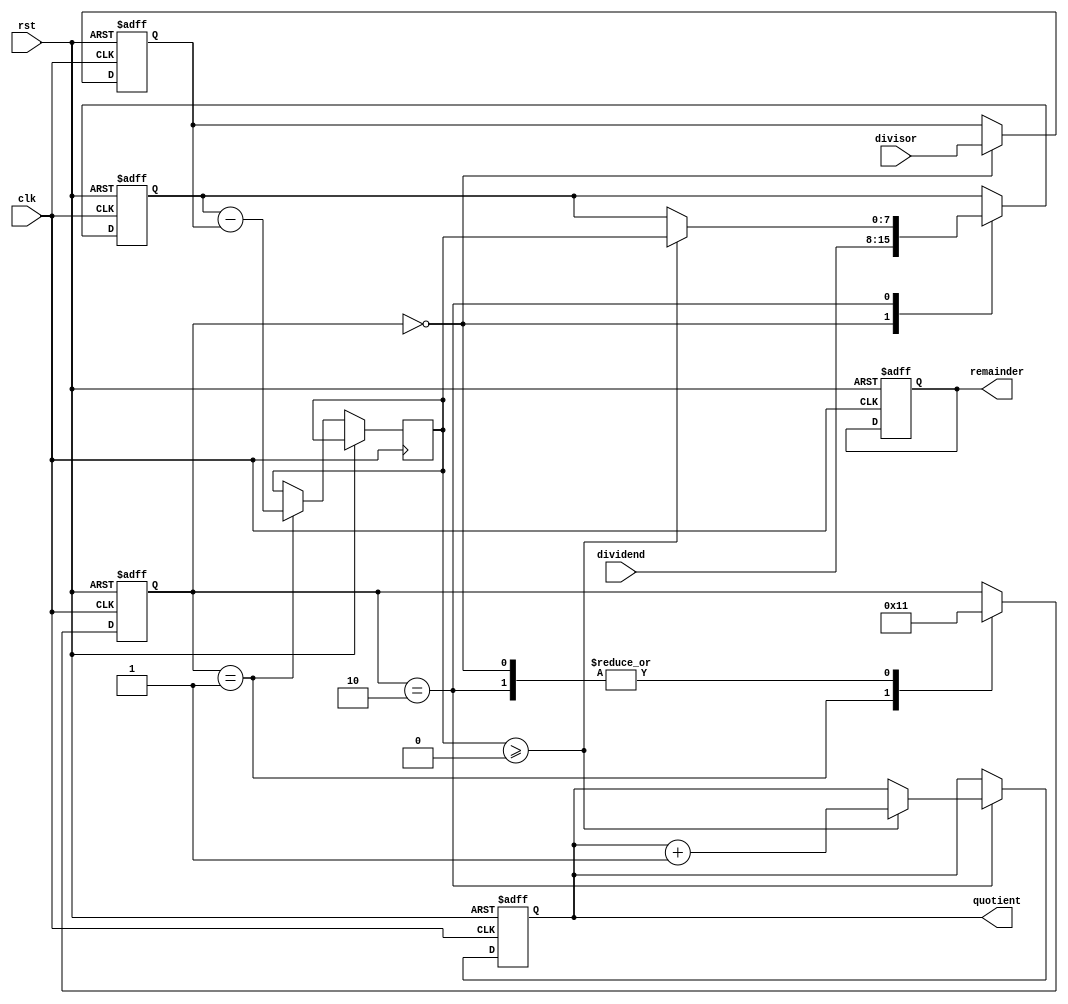
module RestoringDivider (
    input wire clk,
    input wire rst,
    input wire [7:0] dividend,
    input wire [7:0] divisor,
    output reg [7:0] quotient,
    output reg [7:0] remainder
);

reg [7:0] dividend_reg;
reg [7:0] divisor_reg;
wire [7:0] subtract_result;
reg [2:0] state;

always @(posedge clk or posedge rst) begin
    if (rst) begin
        state <= 0;
        dividend_reg <= 8'b0;
        divisor_reg <= 8'b0;
        quotient <= 8'b0;
        remainder <= 8'b0;
    end else begin
        case(state)
            0: begin
                dividend_reg <= dividend;
                divisor_reg <= divisor;
                state <= 1;
            end
            1: begin
                subtract_result <= dividend_reg - divisor_reg;
                state <= 2;
            end
            2: begin
                if (subtract_result >= 0) begin
                    quotient <= quotient + 1;
                    dividend_reg <= subtract_result;
                end
                state <= 1;
            end
        endcase
    end
end

endmodule